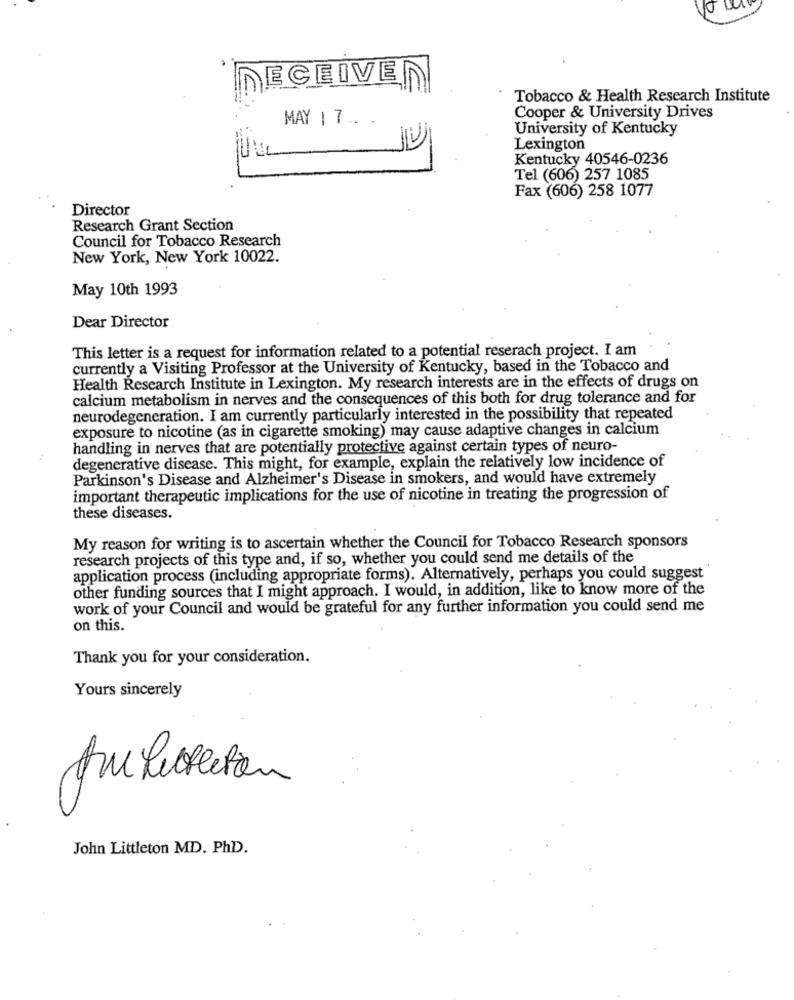
DECEIVE
Tobacco & Health Research Institute
MAY 1 7 .. -
Cooper & University Drives
University of Kentucky
Lexington
Kentucky 40546-0236
Tel (606) 257 1085
Fax (606) 258 1077
Director
Research Grant Section
Council for Tobacco Research
New York, New York 10022.
May 10th 1993
Dear Director
This letter is a request for information related to a potential reserach project. I am
currently a Visiting Professor at the University of Kentucky, based in the Tobacco and
Health Research Institute in Lexington. My research interests are in the effects of drugs on
calcium metabolism in nerves and the consequences of this both for drug tolerance and for
neurodegeneration. I am currently particularly interested in the possibility that repeated
exposure to nicotine (as in cigarette smoking) may cause adaptive changes in calcium
handling in nerves that are potentially protective against certain types of neuro-
degenerative disease. This might, for example, explain the relatively low incidence of
Parkinson's Disease and Alzheimer's Disease in smokers, and would have extremely
important therapeutic implications for the use of nicotine in treating the progression of
these diseases.
My reason for writing is to ascertain whether the Council for Tobacco Research sponsors
research projects of this type and, if so, whether you could send me details of the
application process (including appropriate forms). Alternatively, perhaps you could suggest'
other funding sources that I might approach. I would, in addition, like to know more of the
work of your Council and would be grateful for any further information you could send me
on this.
Thank you for your consideration.
Yours sincerely
John Littleton MD. PhD.